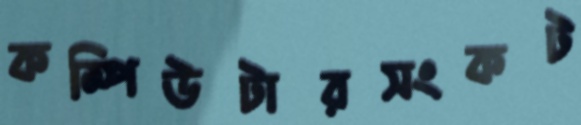
কম্পিউটারসংকট